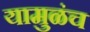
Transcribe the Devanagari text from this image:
यामुळंच